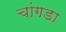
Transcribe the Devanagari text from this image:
चांगडा